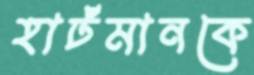
হার্টমানকে